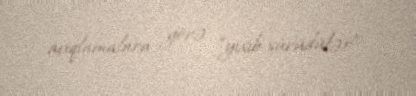
açıqlamalara görə “yıxıb-sürüdülər”.